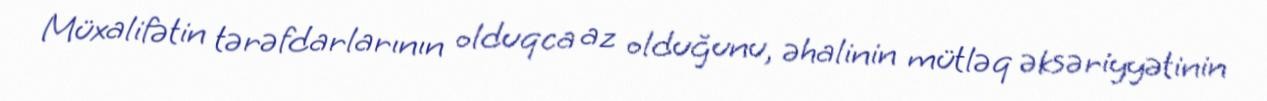
Müxalifətin tərəfdarlarının olduqca az olduğunu, əhalinin mütləq əksəriyyətinin